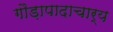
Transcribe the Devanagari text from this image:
गौड़ापादाचार्य